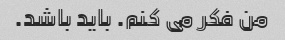
من فکر می کنم. باید باشد.